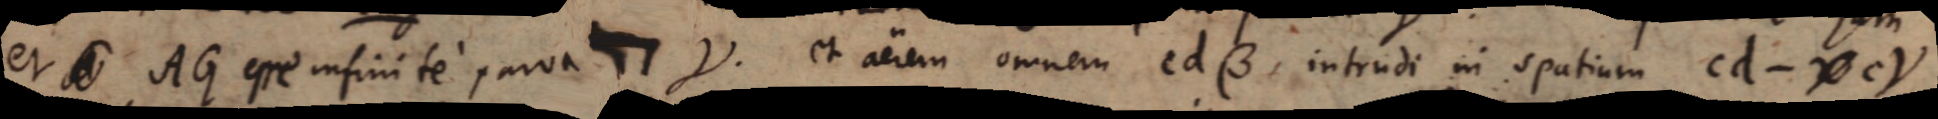
et AG esse infinite parva ⊓ γ et aerem omnem cdβ, intrudi in spatium cd - cγ